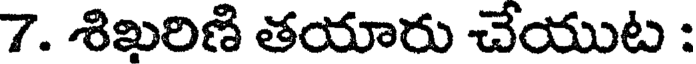
7. శిఖరిణి తయారు చేయుట :